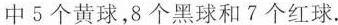
中5个黄球，8个黑球和7个红球.